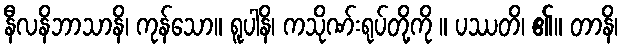
နီလနိဘာသာနိ၊ ကုန်သော။ ရူပါနိ၊ ကသိုဏ်းရုပ်တို့ကို ။ ပဿတိ၊ ၏။ တာနိ၊